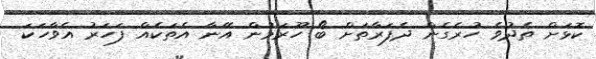
ކޮޅަށް ތެދުވެ ހުރެގެން ދެފަރާތަށް ބޯ ހޫރަމުން އޭނާ އެތަކެއް ފަހަރު އެވާހަކަ